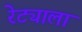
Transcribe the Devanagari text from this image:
रेट्याला